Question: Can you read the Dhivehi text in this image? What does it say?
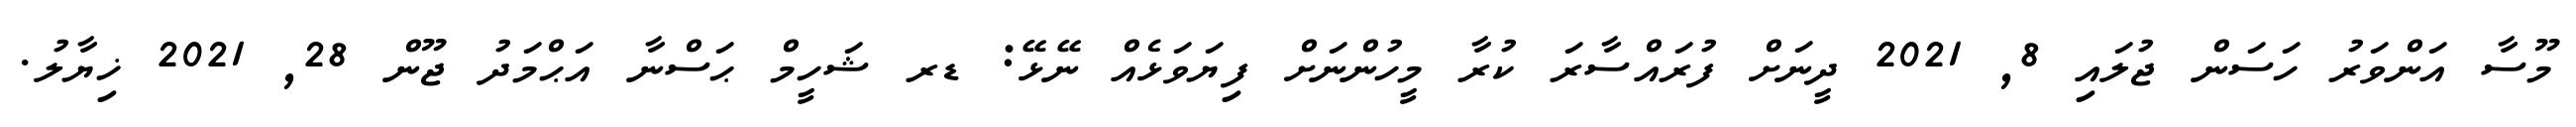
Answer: މޫސާ އަންވަރު ހަސަން ޖުލައި 8, 2021 ދީނަށް ފުރައްސާރަ ކުރާ މީހުންނަށް ފިޔަވަޅެއް ނޭޅޭ: ޑރ ޝަހީމް ޙަސްނާ އަޙްމަދު ޖޫން 28, 2021 ޚިޔާލު.